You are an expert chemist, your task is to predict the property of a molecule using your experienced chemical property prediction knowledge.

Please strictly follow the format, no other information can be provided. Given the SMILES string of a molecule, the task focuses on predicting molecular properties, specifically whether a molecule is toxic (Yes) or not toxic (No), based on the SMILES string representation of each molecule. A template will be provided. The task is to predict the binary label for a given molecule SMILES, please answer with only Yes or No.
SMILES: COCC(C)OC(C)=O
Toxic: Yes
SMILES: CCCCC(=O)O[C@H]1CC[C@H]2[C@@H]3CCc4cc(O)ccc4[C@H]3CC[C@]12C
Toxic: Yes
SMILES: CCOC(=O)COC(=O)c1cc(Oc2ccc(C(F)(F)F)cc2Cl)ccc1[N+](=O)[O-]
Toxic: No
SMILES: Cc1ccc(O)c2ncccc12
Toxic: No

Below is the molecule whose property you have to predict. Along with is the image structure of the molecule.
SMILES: Cc1nc(C)c(C)nc1C
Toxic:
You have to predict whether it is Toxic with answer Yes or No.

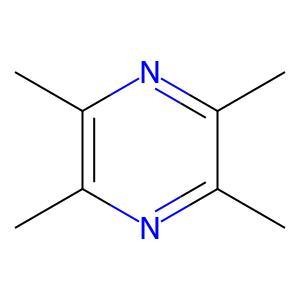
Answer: No